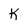
Character: k